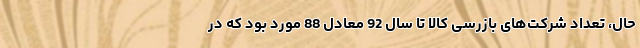
حال، تعداد شرکت‌های بازرسی کالا تا سال 92 معادل 88 مورد بود که در